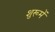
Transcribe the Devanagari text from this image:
शुरूमें